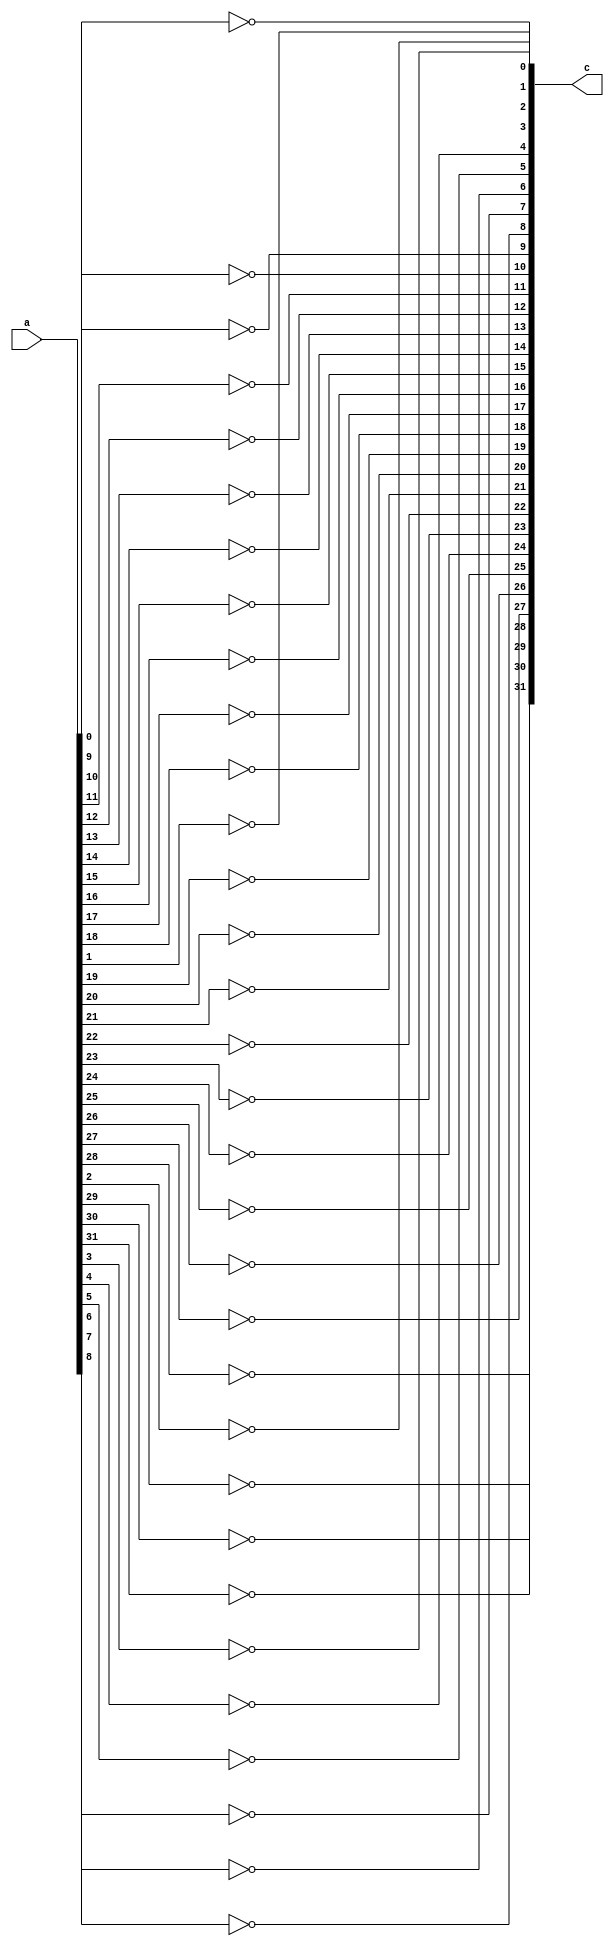
`timescale 1ns / 1ps
//////////////////////////////////////////////////////////////////////////////////
// Company: 
// Engineer: 
// 
// Design Name: 
// Module Name: OR_BIT
// Project Name: 
// Target Devices: 
// Tool Versions: 
// Description: 
// 
// Dependencies: 
// 
// Revision:
// Revision 0.01 - File Created
// Additional Comments:
// 
/////////////////////////////////////////////////////////////////////////////////
module NOT(
    input [31:0]a,
    output [31:0]c
    );
    genvar i;
    generate for(i=0;i<32;i=i+1) begin
        not a1 (c[i],a[i]);
    end
    endgenerate
endmodule